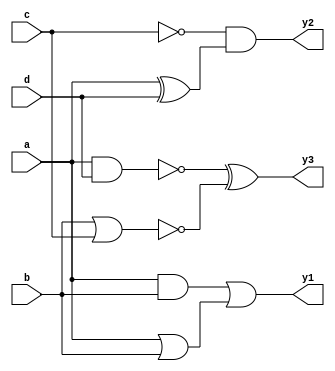
module combinational_logic_block (
    input wire a,   // Input signal a
    input wire b,   // Input signal b
    input wire c,   // Input signal c
    input wire d,   // Input signal d
    output wire y1, // Output signal y1
    output wire y2, // Output signal y2
    output wire y3  // Output signal y3
);

// Intermediate signals
wire and_out;  // Output of AND gate
wire or_out;   // Output of OR gate
wire not_out;  // Output of NOT gate
wire nand_out; // Output of NAND gate
wire nor_out;  // Output of NOR gate
wire xor_out;  // Output of XOR gate
wire xnor_out; // Output of XNOR gate

// Logic gate implementations
assign and_out  = a & b;            // AND operation
assign or_out   = a | b;            // OR operation
assign not_out  = ~c;               // NOT operation
assign nand_out = ~(a & d);         // NAND operation
assign nor_out  = ~(b | c);         // NOR operation
assign xor_out  = a ^ d;            // XOR operation
assign xnor_out = ~(a ^ b);         // XNOR operation

// Final outputs based on intermediate signals
assign y1 = and_out | or_out;       // Output y1 combines AND and OR
assign y2 = not_out & xor_out;      // Output y2 combines NOT and XOR
assign y3 = nand_out ^ nor_out;     // Output y3 combines NAND and NOR

endmodule